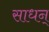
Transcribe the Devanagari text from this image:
साधन्